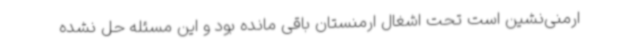
ارمنی‌نشین است تحت اشغال ارمنستان باقی مانده بود و این مسئله حل نشده